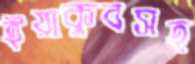
ইয়াকুবসহ